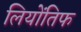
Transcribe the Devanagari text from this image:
लियोंतिफ